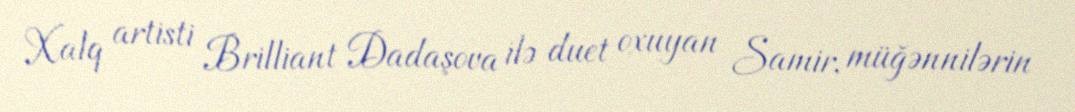
Xalq artisti Brilliant Dadaşova ilə duet oxuyan Samir, müğənnilərin